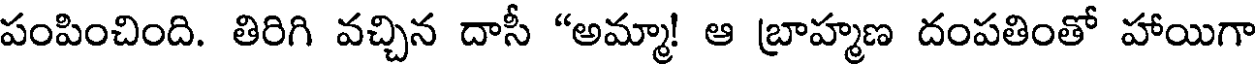
పంపించింది. తిరిగి వచ్చిన దాసీ "అమ్మా! ఆ బ్రాహ్మణ దంపతింతో హాయిగా